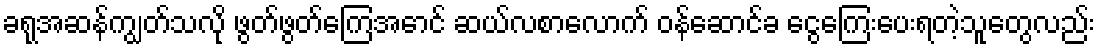
ခရုအဆန်ကျွတ်သလို ဖွတ်ဖွတ်ကြေအောင် ဆယ်လစာလောက် ဝန်ဆောင်ခ ငွေကြေးပေးရတဲ့သူတွေလည်း